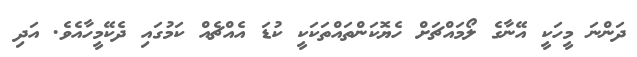
ދަންނަ މީހަކީ އޭނާގެ ލޯމައްޗަށް ހެޔޮކަންތައްތަކަކީ ކުޑަ އެއްޗެއް ކަމުގައި ދެކޭމީހާއެވެ. އަދި